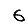
Digit: 6